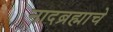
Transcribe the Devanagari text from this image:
नादब्रह्माचे